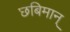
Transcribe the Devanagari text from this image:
छबिमान्